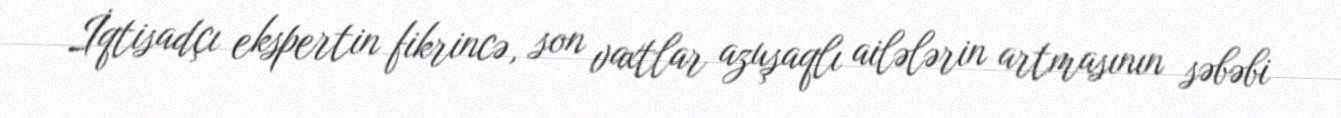
İqtisadçı ekspertin fikrincə, son vaxtlar azuşaqlı ailələrin artmasının səbəbi